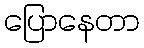
ပြောနေတာ